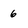
Character: 6